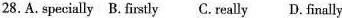
28.A.Specially B.Firstly C. Really D. Finally